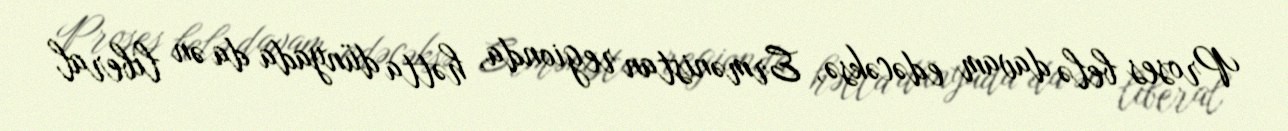
Proses belə davam edəcəksə, Ermənistan regionda, hətta dünyada da ən liberal